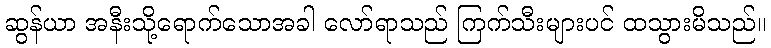
ဆွန်ယာ အနီးသို့ရောက်သောအခါ လော်ရာသည် ကြက်သီးများပင် ထသွားမိသည်။